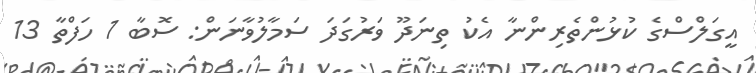
އީގަލްސްގެ ކުޅުންތެރިންނާ އެކު ތިނަދޫ ވަރުގަދަ ސަމާލުވާނަން: ސޮބާ 1 ހަފްތާ 13